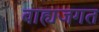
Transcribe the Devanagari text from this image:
बाह्यजगत